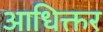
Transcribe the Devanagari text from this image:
आधिक्तर